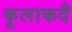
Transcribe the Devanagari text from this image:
कूलाकदै